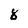
Character: 8